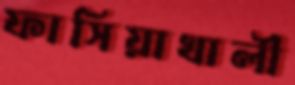
ফাসিয়াখালী